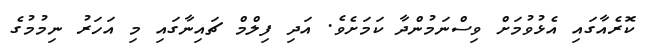
ކޮރެއާގައި އެޅުވުމަށް ވިސްނަމުންދާ ކަމަށެވެ. އަދި ފިލްމް ޗައިނާގައި މި އަހަރު ނިމުމުގެ